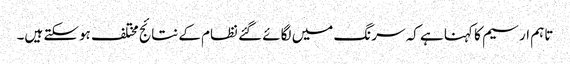
تاہم ارسیم کا کہنا ہے کہ سرنگ میں لگائے گئے نظام کے نتائج مختلف ہوسکتے ہیں۔